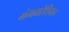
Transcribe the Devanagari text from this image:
गंगवारेशियन